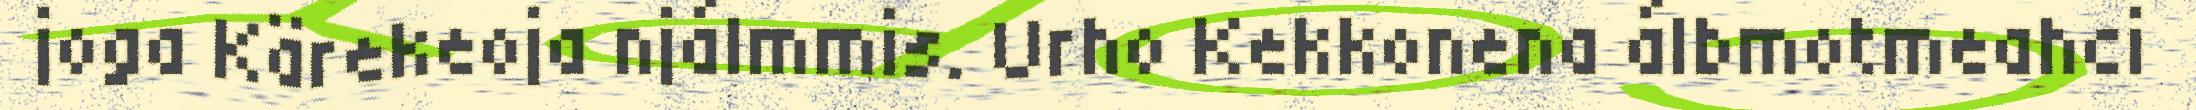
joga Kärekeoja njálmmis. Urho Kekkonena álbmotmeahci